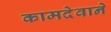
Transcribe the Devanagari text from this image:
कामदेवाने